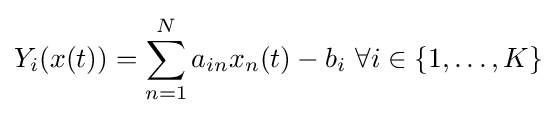
Y_{i}(x(t))=\sum _{n=1}^{N}a_{in}x_{n}(t)-b_{i}{\text{  }}\forall i\in \{1,\ldots ,K\}